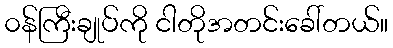
၀န်ကြီးချုပ်ကို ငါတိုအတင်းခေါ်တယ်။